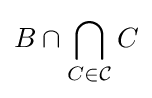
B\cap \bigcap _{C\in {\mathcal {C}}}C